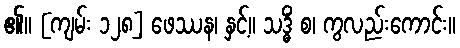
၏။ [ကျမ်း ၁၂၈] ဖေဿန၊ နှင့်။ သဒ္ဓိံ စ၊ ကွလည်းကောင်း။